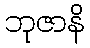
ဘုဇာနိ